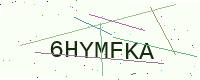
Text: 6HYMFKA